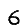
Digit: 6